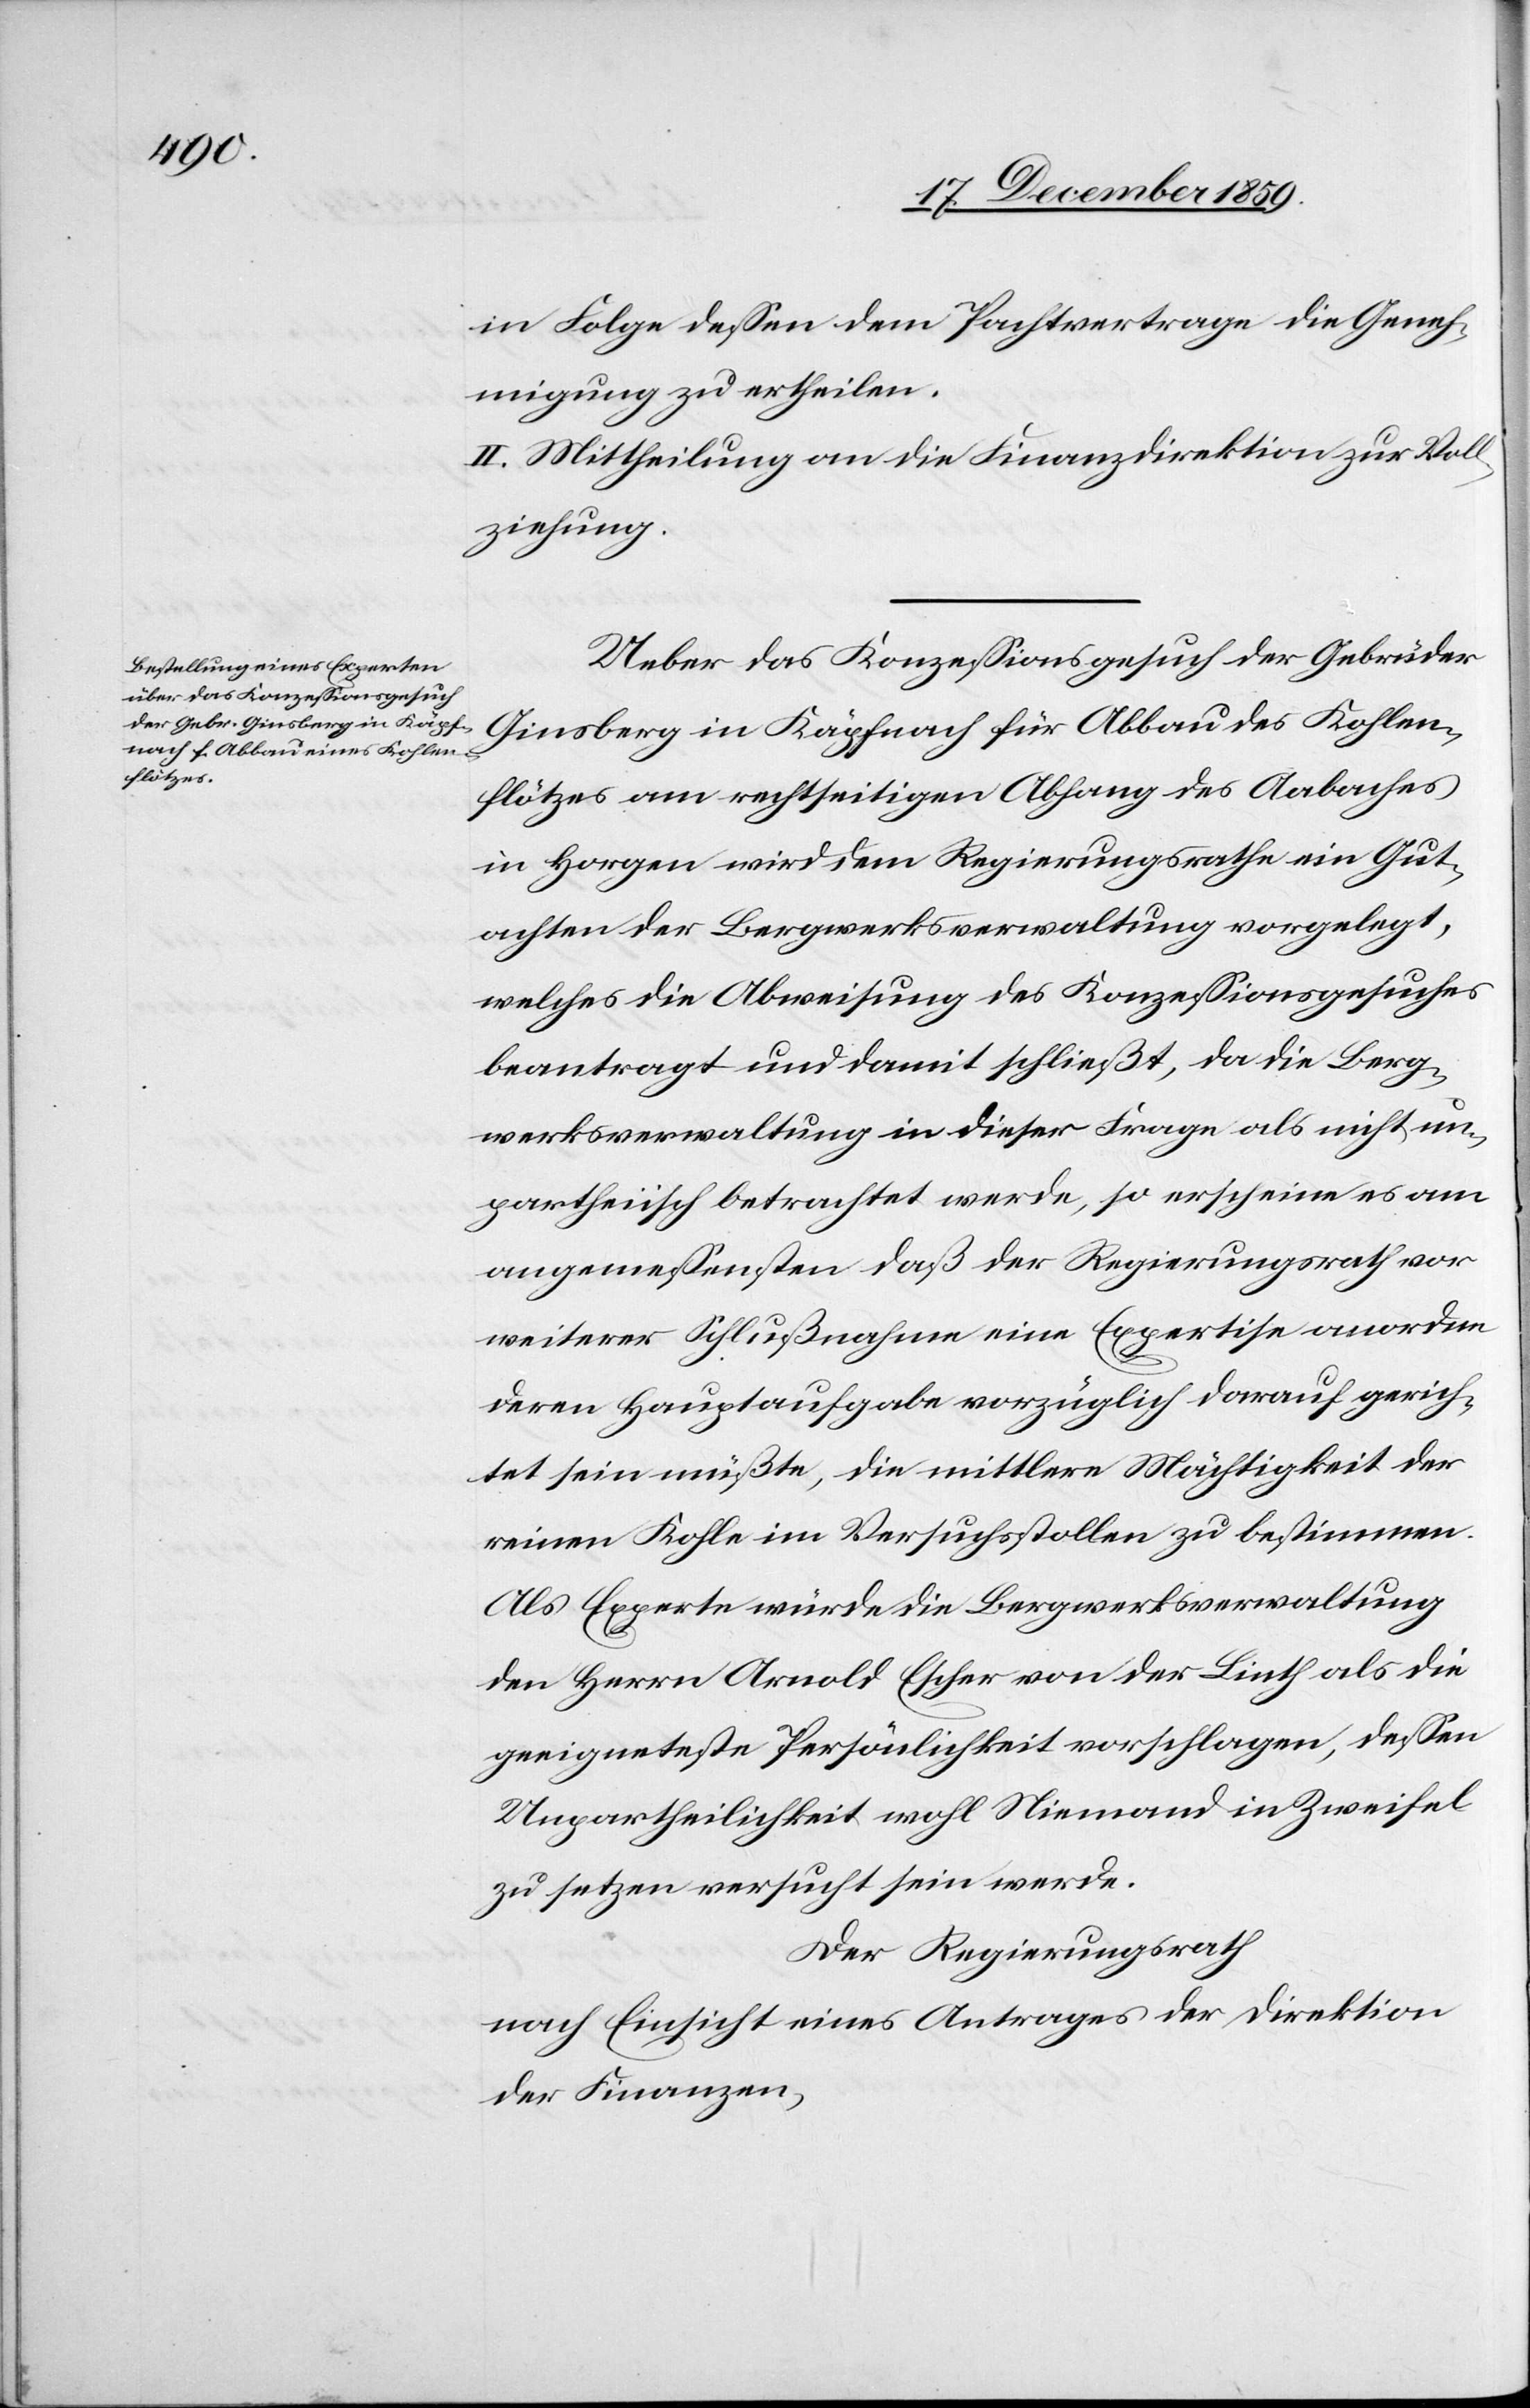
in Folge dessen dem Pachtvertrage die Geneh¬
migung zu ertheilen.
II. Mittheilung an die Finanzdirektion zur Voll¬
ziehung.
Ueber das Konzessionsgesuch der Gebrüder
Ginsberg in Käpfnach für Abbau des Kohlen¬
flötzes am rechtseitigen Abhang des Aabaches
in Horgen wird dem Regierungsrathe ein Gut¬
achten der Bergwerksverwaltung vorgelegt,
welches die Abweisung des Konzessionsgesuches
beantragt und damit schließt, da die Berg¬
werksverwaltung in dieser Frage als nicht un¬
parteiisch betrachtet werde, so erscheine es am
angemessensten daß der Regierungsrath vor
weiterer Schlußnahme eine Expertise anordne
deren Hauptaufgabe vorzüglich darauf gerich¬
tet sein müßte, die mittlere Mächtigkeit der
reinen Kohle im Versuchsstollen zu bestimmen.
Als Experten würde die Bergwerksverwaltung
den Herrn Arnold Escher von der Linth als die
geeignetste Persönlichkeit vorschlagen, dessen
Unparteilichkeit wohl Niemand in Zweifel
zu setzen versucht sein werde.
Der Regierungsrath
nach Einsicht eines Antrages der Direktion
der Finanzen,